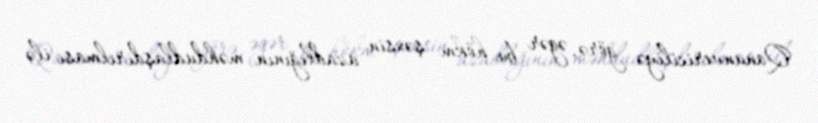
Qanunvericiliyə görə, əgər bu hökm şəxsin azadlığının məhdudlaşdırılması ilə